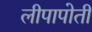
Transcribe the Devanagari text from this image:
लीपापोती